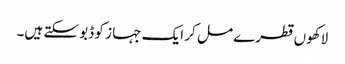
لاکھوں قطرے مل کر ایک جہا ز کو ڈبو سکتے ہیں۔